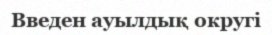
Введен ауылдық округі